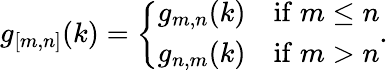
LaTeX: g_{[m,n]}(k)=\left\{ \begin{array}{ll}{{g_{m,n}(k)}}&{{\mathrm{if}\; m\leq n}}\\ {{g_{n,m}(k)}}&{{\mathrm{if}\; m>n}}\end{array}\right..